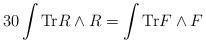
LaTeX: \begin{align*}30\int {{\rm Tr}R\wedge R}=\int {{\rm Tr}F\wedge F}\end{align*}